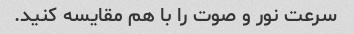
سرعت نور و صوت را با هم مقایسه کنید.